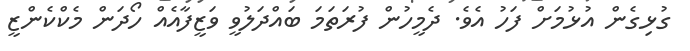
ގުޅިގެން އުޅުމަށް ފަހު އެވެ. ދެމީހުން ފުރަތަމަ ބައްދަލުވީ ވަޒީފާއެއް ހޯދަން މެކްކެންޒީ